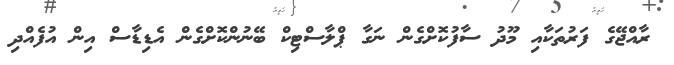
ރާއްޖޭގެ ފަރުތަކާއި މޫދު ސާފުކޮށްގެން ނަގާ ޕްލާސްޓިކް ބޭނުންކޮށްގެން އެޑިޑާސް އިން އުފެއްދި